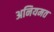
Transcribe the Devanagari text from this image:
अनियमत